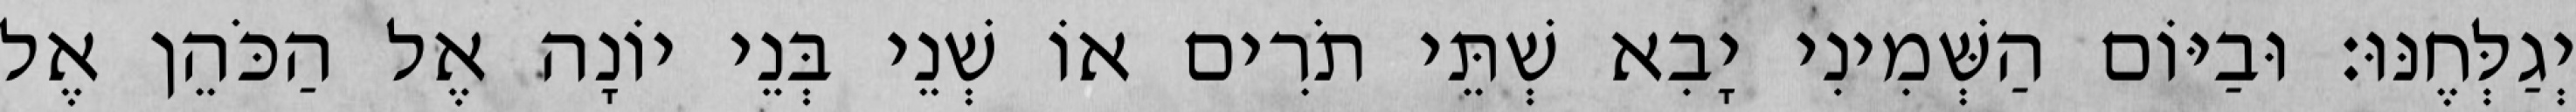
יְגַלְּחֶנּוּ׃ וּבַיּוֹם הַשְּׁמִינִי יָבִא שְׁתֵּי תֹרִים אוֹ שְׁנֵי בְּנֵי יוֹנָה אֶל הַכֹּהֵן אֶל